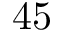
4 5